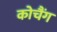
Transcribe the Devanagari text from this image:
कोचैंग